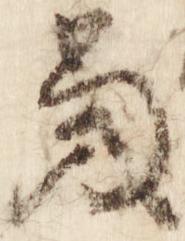
当